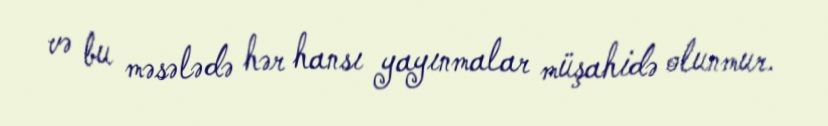
və bu məsələdə hər hansı yayınmalar müşahidə olunmur.